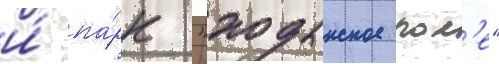
и́ па́рк "ходынское пол'е"